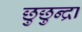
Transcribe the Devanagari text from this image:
छुछुन्द्रा